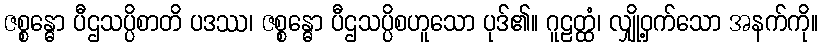
ဇစ္စန္ဓော ပီဌသပ္ပိစာတိ ပဒဿ၊ ဇစ္စန္ဓော ပီဌသပ္ပိစဟူသော ပုဒ်၏။ ဂူဠတ္ထံ၊ လျှို့ဝှက်သော အနက်ကို။